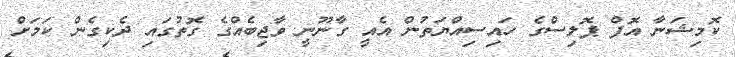
ކޮމިޝަނާ އޮފް ޕޮލިސްގެ ހައިސިއްޔަތުން އެއީ ގާނޫނީ ވާޖިބެއްގެ ގޮތުގައި ދެކިގެން ކަމަށް